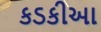
કડકીઆ